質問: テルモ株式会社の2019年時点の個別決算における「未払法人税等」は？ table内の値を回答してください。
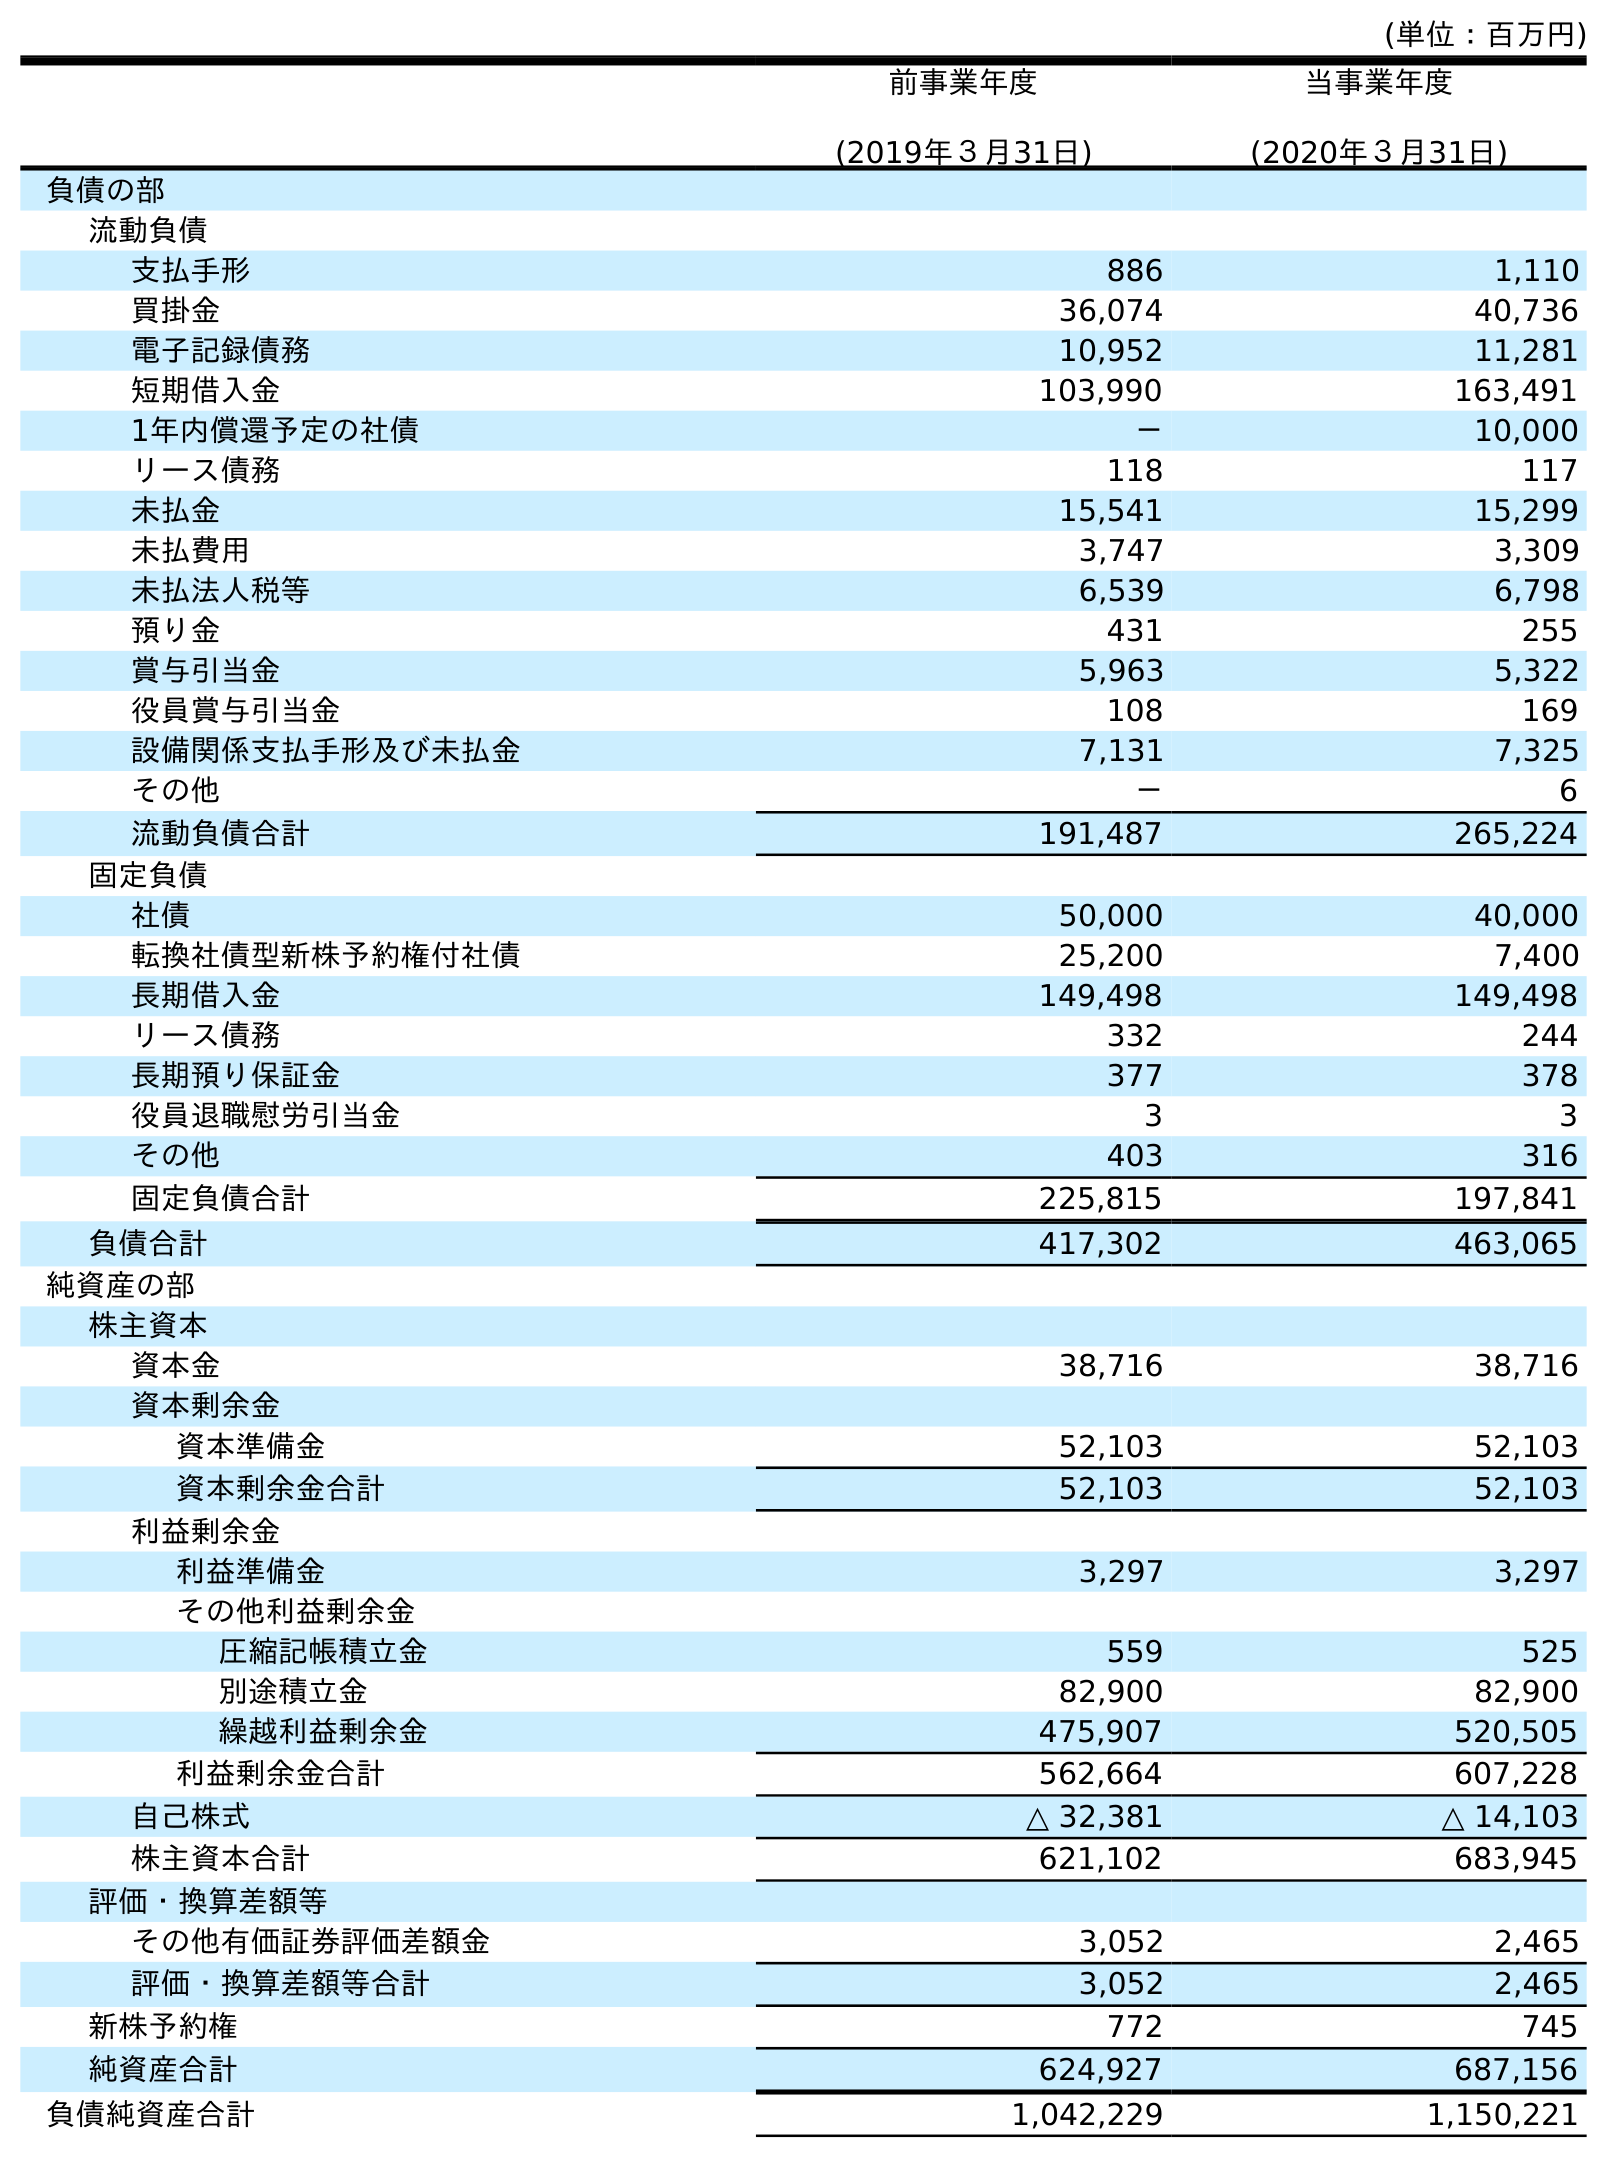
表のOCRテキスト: (単位：百万円) 前事業年度 (2019年３月31日) 当事業年度 (2020年３月31日) 負債の部 流動負債 支払手形 886 1,110 買掛金 36,074 40,736 電子記録債務 10,952 11,281 短期借入金 103,990 163,491 1年内償還予定の社債 － 10,000 リース債務 118 117 未払金 15,541 15,299 未払費用 3,747 3,309 未払法人税等 6,539 6,798 預り金 431 255 賞与引当金 5,963 5,322 役員賞与引当金 108 169 設備関係支払手形及び未払金 7,131 7,325 その他 － 6 流動負債合計 191,487 265,224 固定負債 社債 50,000 40,000 転換社債型新株予約権付社債 25,200 7,400 長期借入金 149,498 149,498 リース債務 332 244 長期預り保証金 377 378 役員退職慰労引当金 3 3 その他 403 316 固定負債合計 225,815 197,841 負債合計 417,302 463,065 純資産の部 株主資本 資本金 38,716 38,716 資本剰余金 資本準備金 52,103 52,103 資本剰余金合計 52,103 52,103 利益剰余金 利益準備金 3,297 3,297 その他利益剰余金 圧縮記帳積立金 559 525 別途積立金 82,900 82,900 繰越利益剰余金 475,907 520,505 利益剰余金合計 562,664 607,228 自己株式 △ 32,381 △ 14,103 株主資本合計 621,102 683,945 評価・換算差額等 その他有価証券評価差額金 3,052 2,465 評価・換算差額等合計 3,052 2,465 新株予約権 772 745 純資産合計 624,927 687,156 負債純資産合計 1,042,229 1,150,221
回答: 6,539